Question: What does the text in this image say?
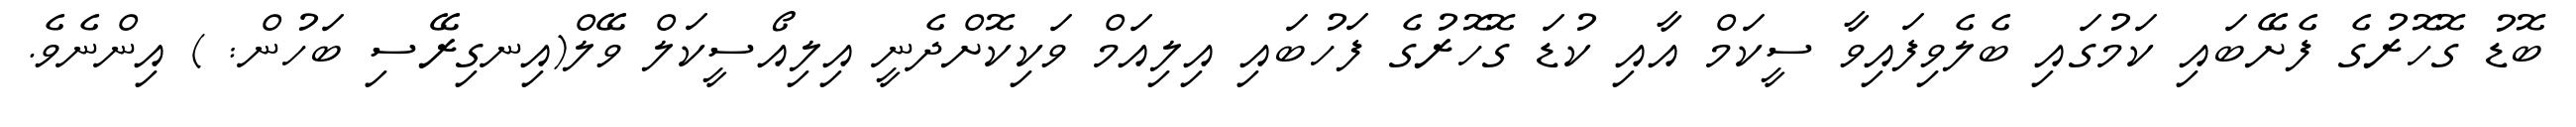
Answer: ބޮޑު ގޮހޮރުގެ ފެށޭބައި ކަމުގައި ބެލެވިފައިވާ ސީކަމް އާއި ކުޑަ ގޮހޮރުގެ ފަހުބައި އިލިއަމް ވަކިކޮށްދެނީ އިލިއޯސީކަލް ވޭލް(އިނގިރޭސި ބަހުން: ) އިންނެވެ.